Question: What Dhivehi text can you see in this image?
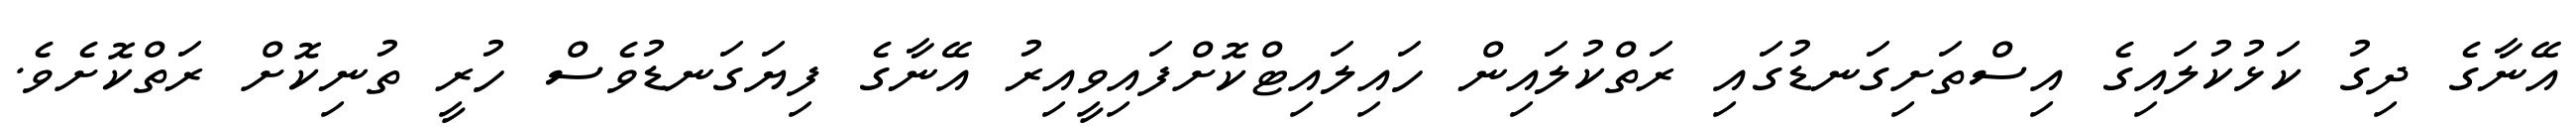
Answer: އޭނާގެ ދިގު ކަޅުކުލައިގެ އިސްތަށިގަނޑުގައި ރަތްކުލައިން ހައިލައިޓްކޮށްފައިވީއިރު އޭނާގެ ފިޔަގަނޑުވެސް ހުރީ ތުނިކޮށް ރަތްކޮށެވެ.